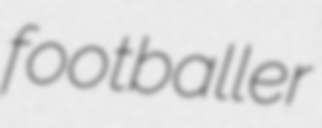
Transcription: footballer